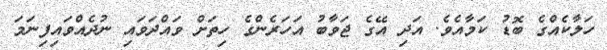
ހަލާކެއްގެ ބޮޑު ކަމާއެވެ. އަދި އޭގެ ޖަވާބު އަހަރެންގެ ހިތަށް ވައްދަވައި ނުދެއްވައިފިނަމަ